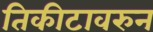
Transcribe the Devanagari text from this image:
तिकीटावरुन